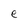
Character: e